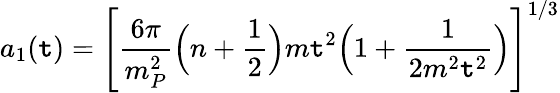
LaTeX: a_{1}(\mathtt{t})=\Biggl[\frac{{6\pi}}{{m_{P}^{2}}}\Bigl(n+\frac{{1}}{{2}}\Bigr)m\mathtt{t}^{2}\Bigl(1+\frac{{1}}{{2m^{2}\mathtt{t}^{2}}}\Bigr)\Biggr]^{1/3}